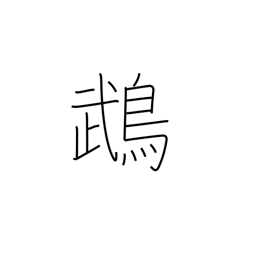
Meaning: cockatoo